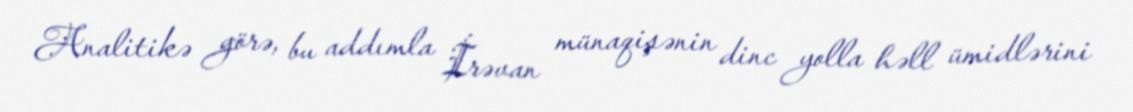
Analitikə görə, bu addımla İrəvan münaqişənin dinc yolla həll ümidlərini